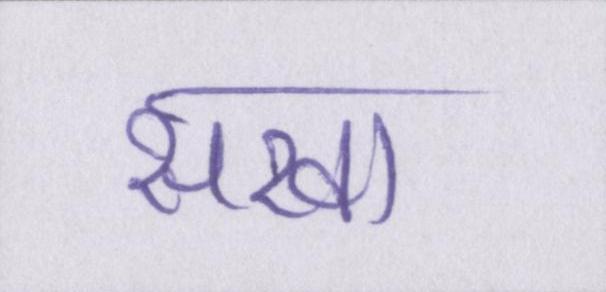
सखा